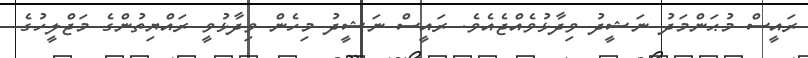
ރައީސް މުޙަންމަދު ނަޝީދު ވިދާޅުވެއްޖެއެވެ. ރައީސް ނަޝީދު މިހެން ވިދާޅުވީ ރައްޔިތުންގެ މަޖްލީހުގެ